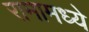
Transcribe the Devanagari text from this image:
रामामध्ये